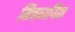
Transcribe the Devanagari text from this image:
मित्तव्ययिता